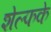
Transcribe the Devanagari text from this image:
शेल्फके